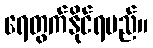
ရေတွက်နိုင်ရမည်။